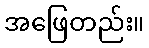
အဖြေတည်း။